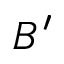
B ^ { \prime }